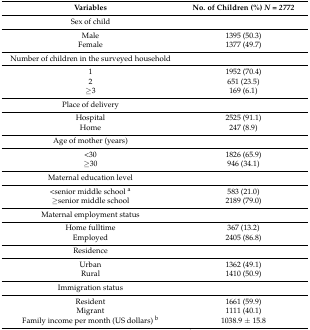
<table><thead><tr><td><b>Variables</b></td><td><b>No. of Children (%) <i>N = 2772</i></b></td></tr></thead><tbody><tr><td>Sex of child</td><td></td></tr><tr><td>Male</td><td>1395 (50.3)</td></tr><tr><td>Female</td><td>1377 (49.7)</td></tr><tr><td>Number of children in the surveyed household</td><td></td></tr><tr><td>1</td><td>1952 (70.4)</td></tr><tr><td>2</td><td>651 (23.5)</td></tr><tr><td>≥3</td><td>169 (6.1)</td></tr><tr><td>Place of delivery</td><td></td></tr><tr><td>Hospital</td><td>2525 (91.1)</td></tr><tr><td>Home</td><td>247 (8.9)</td></tr><tr><td>Age of mother (years)</td><td></td></tr><tr><td>&lt;30</td><td>1826 (65.9)</td></tr><tr><td>≥30</td><td>946 (34.1)</td></tr><tr><td>Maternal education level</td><td></td></tr><tr><td>&lt;senior middle school <sup>a</sup></td><td>583 (21.0)</td></tr><tr><td>≥senior middle school</td><td>2189 (79.0)</td></tr><tr><td>Maternal employment status</td><td></td></tr><tr><td>Home fulltime</td><td>367 (13.2)</td></tr><tr><td>Employed</td><td>2405 (86.8)</td></tr><tr><td>Residence</td><td></td></tr><tr><td>Urban</td><td>1362 (49.1)</td></tr><tr><td>Rural</td><td>1410 (50.9)</td></tr><tr><td>Immigration status</td><td></td></tr><tr><td>Resident</td><td>1661 (59.9)</td></tr><tr><td>Migrant</td><td>1111 (40.1)</td></tr><tr><td>Family income per month (US dollars) <sup>b</sup></td><td>1038.9 ± 15.8</td></tr></tbody></table>